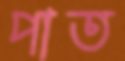
পাত